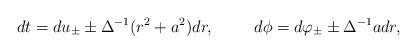
LaTeX: \begin{align*}dt=du_{\pm}\pm \Delta^{-1} (r^2+a^2)dr,\hspace{1cm}d\phi=d\varphi_{\pm}\pm \Delta^{-1}a dr ,\end{align*}